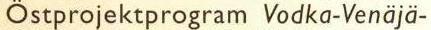
Östprojektprogram Vodka-Venäjä-